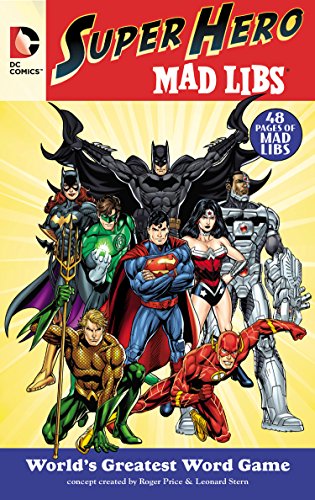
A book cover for DC Comics Super Hero Mad Libs; Roger Price; Children's Books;